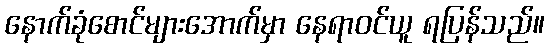
နောက်ခုံစောင်များအောက်မှာ နေရာဝင်ယူ ရပြန်သည်။